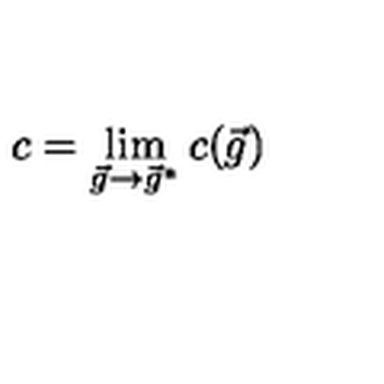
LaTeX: c = \lim _ { \vec { g } \rightarrow \vec { g } ^ { * } } c ( \vec { g } )